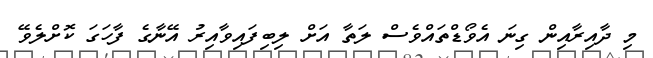
މި ދާއިރާއިން ގިނަ އެވޯޑްތައްވެސް ލަތާ އަށް ލިބިފައިވާއިރު އޭނާގެ ފާހަގަ ކޮށްލެވޭ